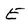
Character: E